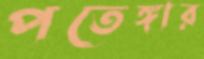
পতেঙ্গার